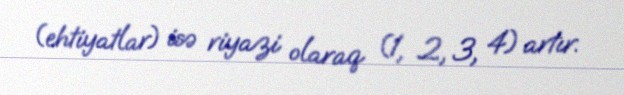
(ehtiyatlar) isə riyazi olaraq (1, 2, 3, 4) artır.